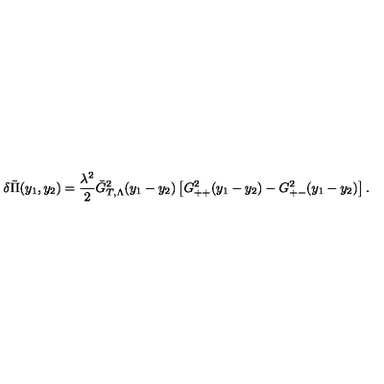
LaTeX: \delta \bar { \Pi } ( y _ { 1 } , y _ { 2 } ) = \frac { \lambda ^ { 2 } } 2 \bar { G } _ { T , \Lambda } ^ { 2 } ( y _ { 1 } - y _ { 2 } ) \left[ G _ { + + } ^ { 2 } ( y _ { 1 } - y _ { 2 } ) - G _ { + - } ^ { 2 } ( y _ { 1 } - y _ { 2 } ) \right] .